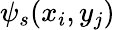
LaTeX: \psi_{s}(x_{i},y_{j})